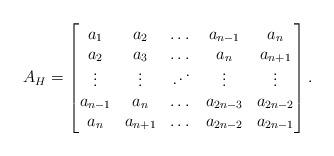
LaTeX: \begin{align*} A_H= \begin{bmatrix} a_1&a_2 &\dots & a_{n-1}& a_n\\ a_2& a_3 & \dots& a_{n}&a_{n+1}\\ \vdots & \vdots &\reflectbox{$\ddots$} &\vdots &\vdots\\ a_{n-1}& a_{n}& \dots &a_{2n-3} &a_{2n-2}\\ a_n& a_{n+1}& \dots &a_{2n-2} &a_{2n-1} \end{bmatrix}.\end{align*}